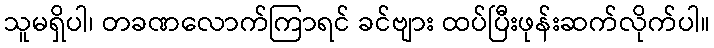
သူမရှိပါ၊ တခဏလောက်ကြာရင် ခင်ဗျား ထပ်ပြီးဖုန်းဆက်လိုက်ပါ။